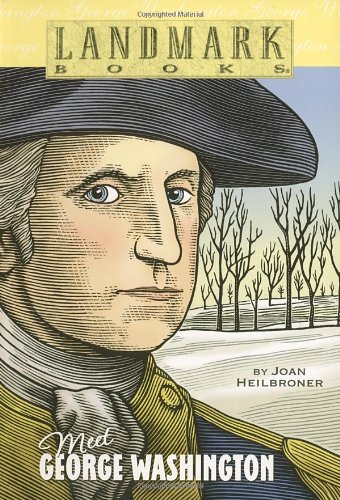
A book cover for Meet George Washington (Landmark Books); Joan Heilbroner; Children's Books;